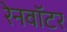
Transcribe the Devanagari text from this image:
रेनवॉटर